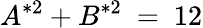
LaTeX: A^{*2}+B^{*2}\ =\ 12